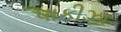
પાકીઝા